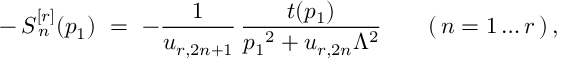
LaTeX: - \, S _ { \, n } ^ { [ r ] } ( p _ { 1 } ) \ = \ - \frac { 1 } { u _ { r , 2 n + 1 } } \, \frac { t ( p _ { 1 } ) } { p _ { 1 } { } ^ { 2 } + u _ { r , 2 n } \Lambda ^ { 2 } } \qquad ( \, n = 1 \ldots r \, ) \, ,